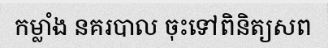
កម្លាំង នគរបាល ចុះទៅពិនិត្យសព